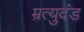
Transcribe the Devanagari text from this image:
म्रत्युदंड